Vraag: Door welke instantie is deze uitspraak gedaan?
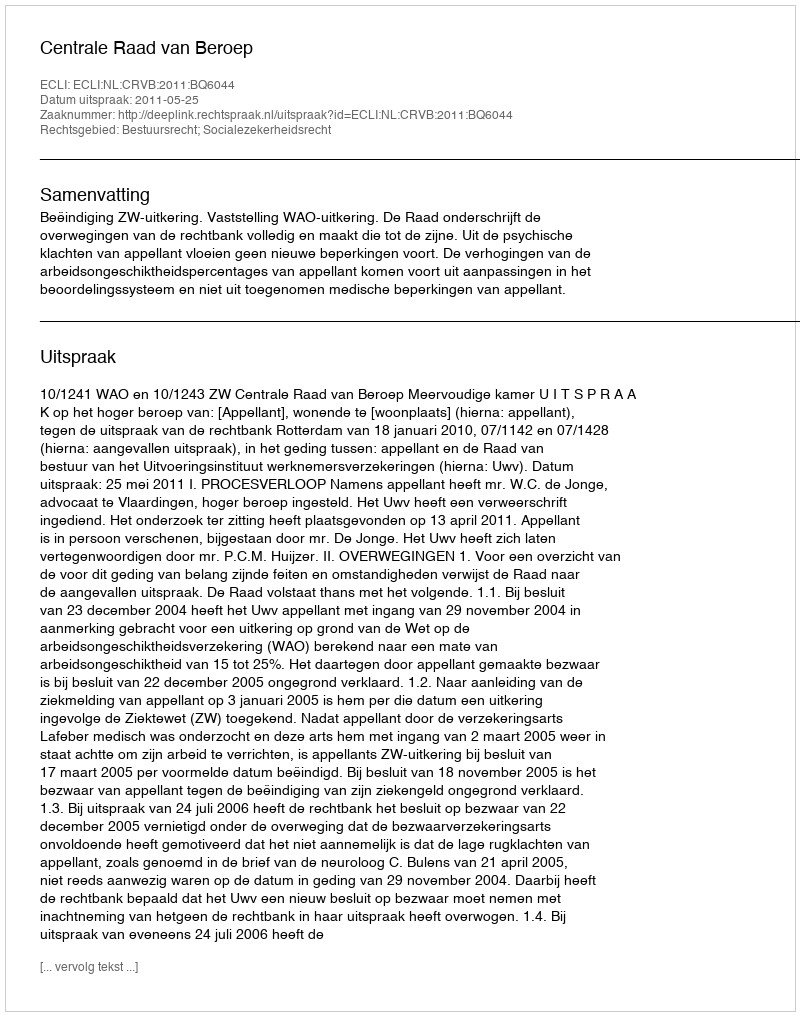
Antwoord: Centrale Raad van Beroep